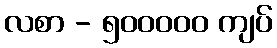
လစာ - ၅၀၀၀၀၀ ကျပ်